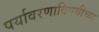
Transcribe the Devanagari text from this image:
पर्यावरणाविषयीच्या